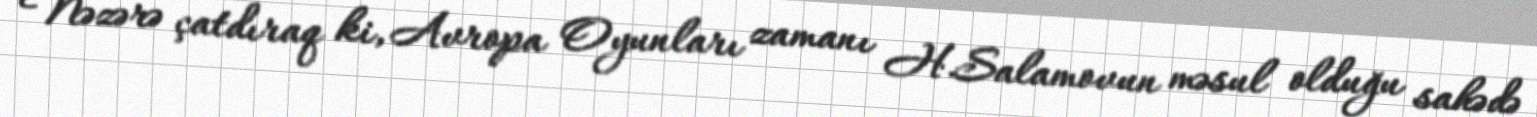
Nəzərə çatdıraq ki, Avropa Oyunları zamanı H.Salamovun məsul olduğu sahədə